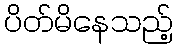
ပိတ်မိနေသည့်